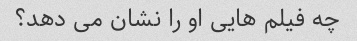
چه فیلم هایی او را نشان می دهد؟